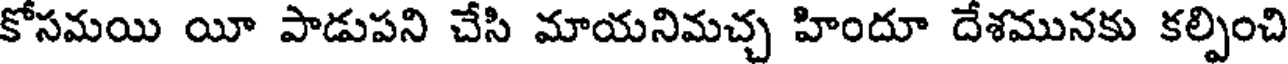
కోసమయి యీ పాడుపని చేసి మాయనిమచ్చ హిందూ దేశమునకు కల్పించి